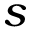
s